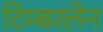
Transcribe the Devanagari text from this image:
टिम्बरलेन